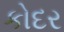
કોદર